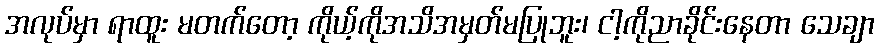
အလုပ်မှာ ရာထူး မတက်တော့ ကိုယ့်ကိုအသိအမှတ်မပြုဘူး၊ ငါ့ကိုညာခိုင်းနေတာ သေချာ